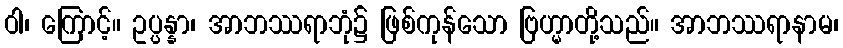
ဝါ၊ ကြောင့်။ ဥပ္ပန္နာ၊ အာဘဿရာဘုံ၌ ဖြစ်ကုန်သော ဗြဟ္မာတို့သည်။ အာဘဿရာနာမ၊